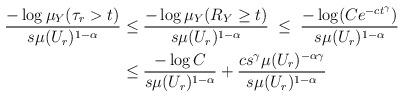
LaTeX: \begin{align*}\frac{- \log \mu_Y(\tau_r > t)}{s \mu(U_r)^{1-\alpha}}& \le \frac{-\log \mu_Y(R_Y \ge t)}{s \mu(U_r)^{1-\alpha}} \; \le \; \frac{-\log (Ce^{-ct^\gamma})}{s\mu(U_r)^{1-\alpha}} \\& \le \frac{- \log C}{s \mu(U_r)^{1-\alpha}} + \frac{cs^\gamma \mu(U_r)^{-\alpha \gamma}}{s \mu(U_r)^{1-\alpha}}\end{align*}